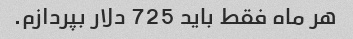
هر ماه فقط باید 725 دلار بپردازم.